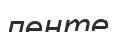
ленте